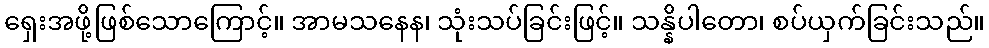
ရှေးအဖို့ဖြစ်သောကြောင့်။ အာမသနေန၊ သုံးသပ်ခြင်းဖြင့်။ သန္နိပါတော၊ စပ်ယှက်ခြင်းသည်။